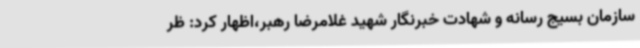
سازمان بسیج رسانه و شهادت خبرنگار شهید غلامرضا رهبر،اظهار کرد: ظر